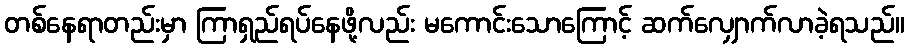
တစ်နေရာတည်းမှာ ကြာရှည်ရပ်နေဖို့လည်း မကောင်းသောကြောင့် ဆက်လျှောက်လာခဲ့ရသည်။